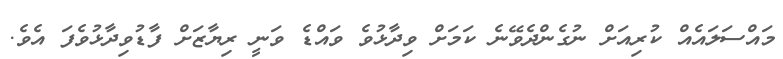
މައްސަލައެއް ކުރިއަށް ނުގެންދެވޭނެ ކަމަށް ވިދާޅުވެ ވައްޑެ ވަނީ ރިޔާޒަށް ފާޑުވިދާޅުވެފަ އެވެ.